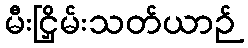
မီးငြှိမ်းသတ်ယာဉ်